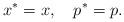
LaTeX: \begin{align*} x^{\ast} = x ,\quad p^{\ast} = p.\end{align*}